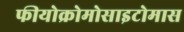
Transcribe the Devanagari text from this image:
फीयोक्रोमोसाइटोमास